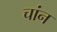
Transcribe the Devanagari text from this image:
चांन